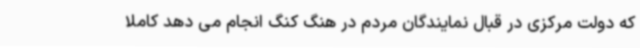
که دولت مرکزی در قبال نمایندگان مردم در هنگ کنگ انجام می دهد کاملا